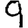
Digit: 9